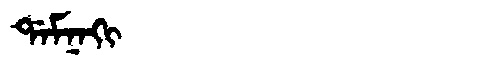
Manchu: ᡩᠠᠮᠨᠠᡴᡳ
Romanization: DAMNAKI